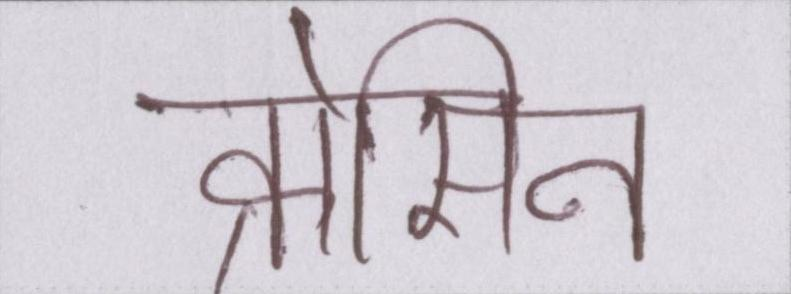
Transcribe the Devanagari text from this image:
क्रोसिन